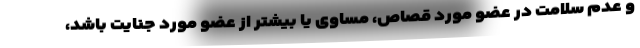
و عدم سلامت در عضو مورد قصاص، مساوی یا بیشتر از عضو مورد جنایت باشد،